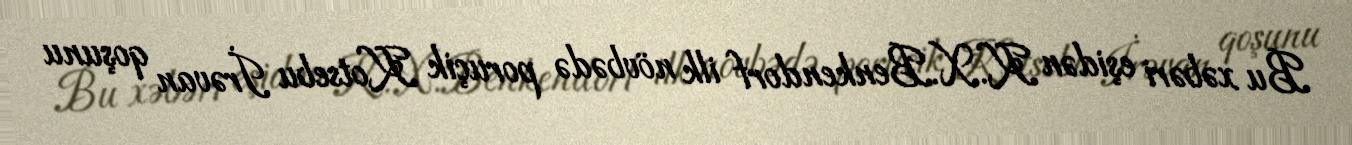
Bu xəbəri eşidən K.X.Benkendorf ilk növbədə poruçik Kotsebu İrəvan qoşunu